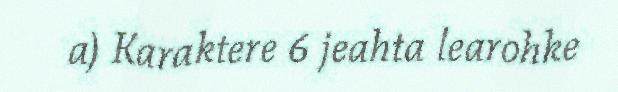
a) Karaktere 6 jeahta learohke